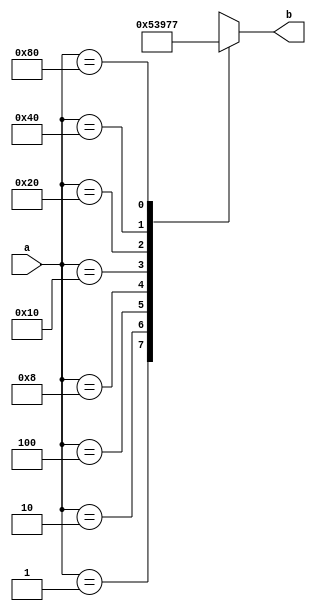
module encoder_8x3(a,b);
  input [7:0]a;
  output reg [2:0]b;
always@(*)
  begin
    case(a)
      8'b00000001:b=3'b000;
      8'b00000010:b=3'b001;
      8'b00000100:b=3'b010;
      8'b00001000:b=3'b011;
      8'b00010000:b=3'b100;
      8'b00100000:b=3'b101;
      8'b01000000:b=3'b110;
      8'b10000000:b=3'b111;
      default:b<=3'bxxx;
  endcase
end
endmodule